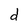
Character: d